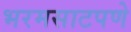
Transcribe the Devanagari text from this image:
भरमसाटपणे